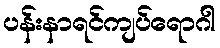
ပန်းနာရင်ကျပ်ရောဂါ